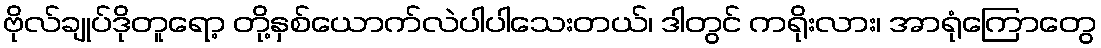
ဗိုလ်ချုပ်ဒိုတူရော့ တို့နှစ်ယောက်လဲပါပါသေးတယ်၊ ဒါတွင် ကရိုးလား၊ အာရုံကြောတွေ